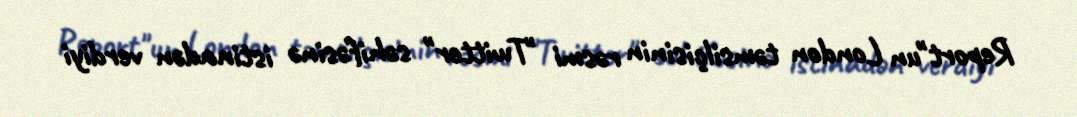
Report"un London təmsilçisinin rəsmi "Twitter" səhifəsinə istinadən verdiyi